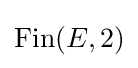
\operatorname {Fin} (E,2)